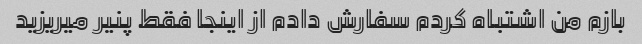
بازم من اشتباه کردم سفارش دادم از اینجا فقط پنیر میریزید